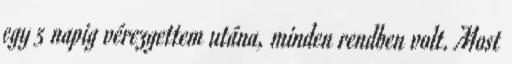
egy 5 napig vérezgettem utána, minden rendben volt. Most